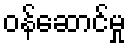
ဝန်ဆောင်မှု